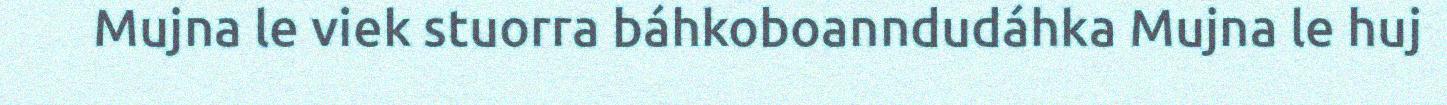
Mujna le viek stuorra báhkoboanndudáhka Mujna le huj